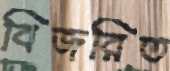
বিজরিত